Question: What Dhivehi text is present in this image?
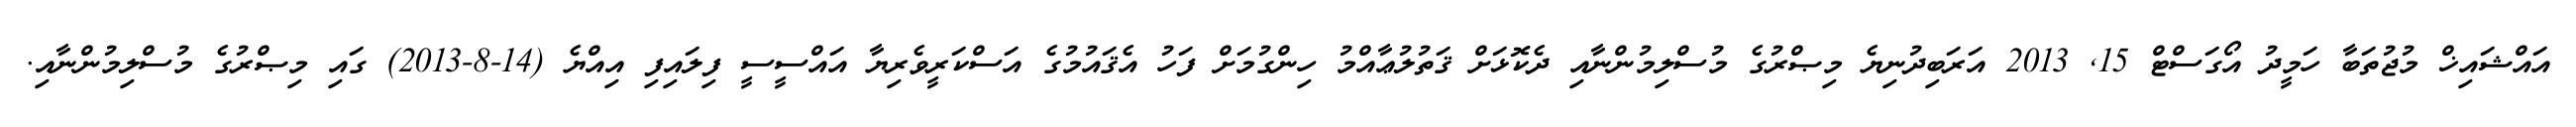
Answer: އައްޝައިޚް މުޖުތަބާ ހަމީދު އޯގަސްޓް 15, 2013 އަރަބިދުނިޔެ މިޞްރުގެ މުސްލިމުންނާއި ދެކޮޅަށް ޤަތުލުޢާއްމު ހިންގުމަށް ފަހު އެޤައުމުގެ އަސްކަރީވެރިޔާ އައްސީސީ ފިލައިފި އިއްޔެ (14-8-2013) ގައި މިޞްރުގެ މުސްލިމުންނާއި.